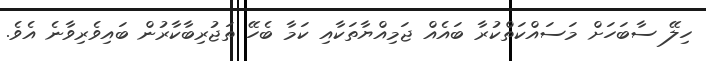
ހިލޭ ސާބަހަށް މަސައްކަތްކުރާ ބައެއް ޖަމިއްޔާތަކާއި ކަމާ ބެހޭ ތަޖުރިބާކާރުން ބައިވެރިވާނެ އެވެ.